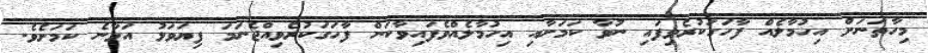
މިހާތަނަށް އިހުމާލެއް ފާހަގަކުރެވިފައި ނުވާ ކަމަށާއި އިހުމާލެއްވެފައިވާކަން ފާހަގަކުރެވިއްޖެނަމަ ފިޔަވަޅު އަޅާނެ ކަމަށެވެ.